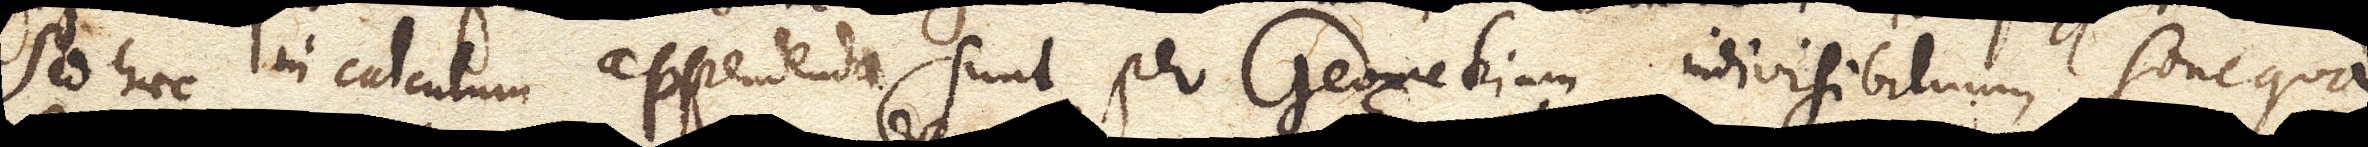
Sed haec in calculum appendenda sunt per Geometriam indivisibilium sine qua